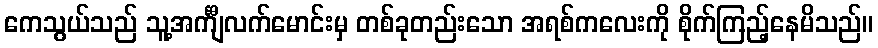
ကေသွယ်သည် သူ့အင်္ကျီလက်မောင်းမှ တစ်ခုတည်းသော အရစ်ကလေးကို စိုက်ကြည့်နေမိသည်။